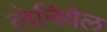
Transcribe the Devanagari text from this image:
लेनियेल